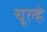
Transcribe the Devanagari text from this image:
चूल्‍हे